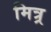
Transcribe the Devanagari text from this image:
मित्र्र